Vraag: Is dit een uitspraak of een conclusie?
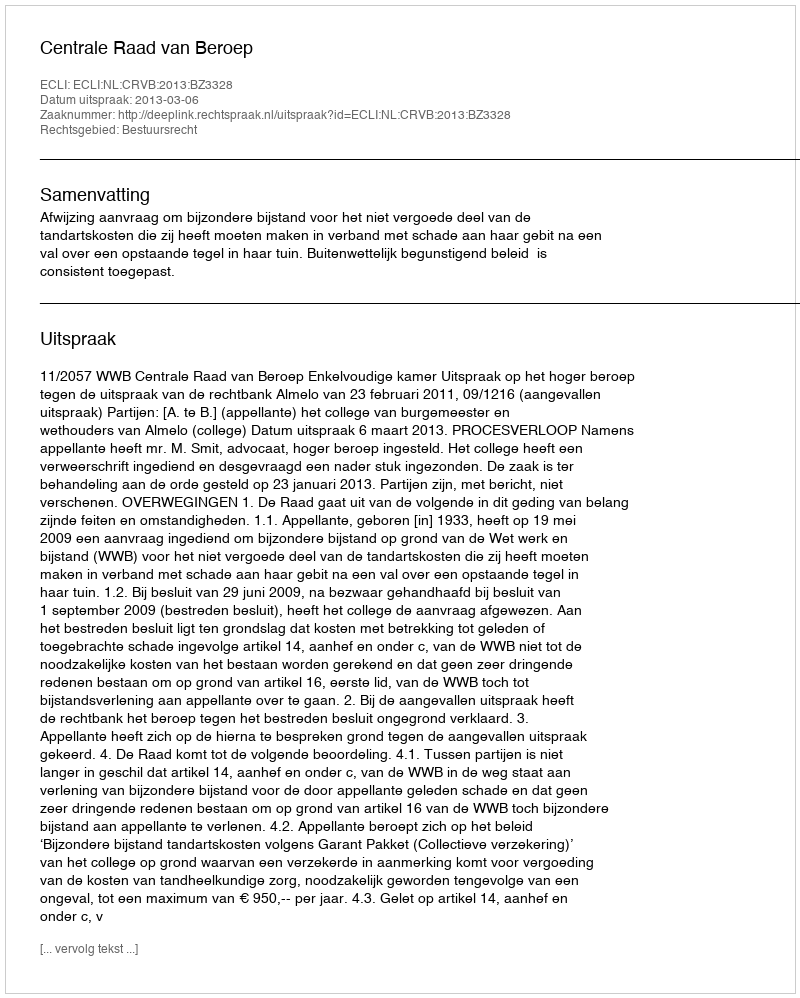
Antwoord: Uitspraak